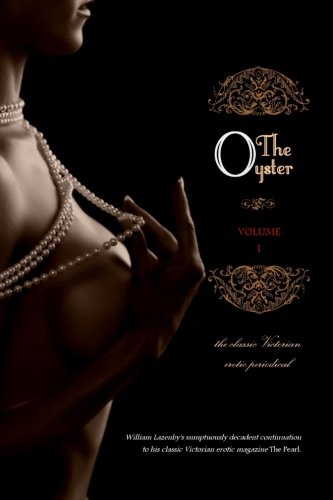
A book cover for The Oyster: Volume 1; Anonymous; Romance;